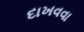
દાખવવા